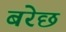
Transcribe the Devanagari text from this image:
बरेछ